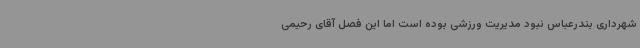
شهرداری بندرعباس نبود مدیریت ورزشی بوده است اما این فصل آقای رحیمی